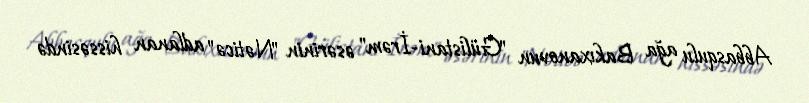
Abbasqulu ağa Bakıxanovun "Gülistani-İrəm" əsərinin "Nəticə" adlanan hissəsində